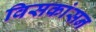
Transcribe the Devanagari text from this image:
विसकांसन